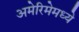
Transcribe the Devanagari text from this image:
अमेरिमेमध्ये